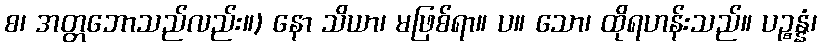
စ၊ အတ္တဘောသည်လည်း။) နော သိယာ၊ မဖြစ်ရာ။ ပ။ သော၊ ထိုရဟန်းသည်။ ပဉ္စန္နံ၊